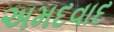
અમદવાદ